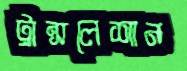
ট্রান্সলেশান